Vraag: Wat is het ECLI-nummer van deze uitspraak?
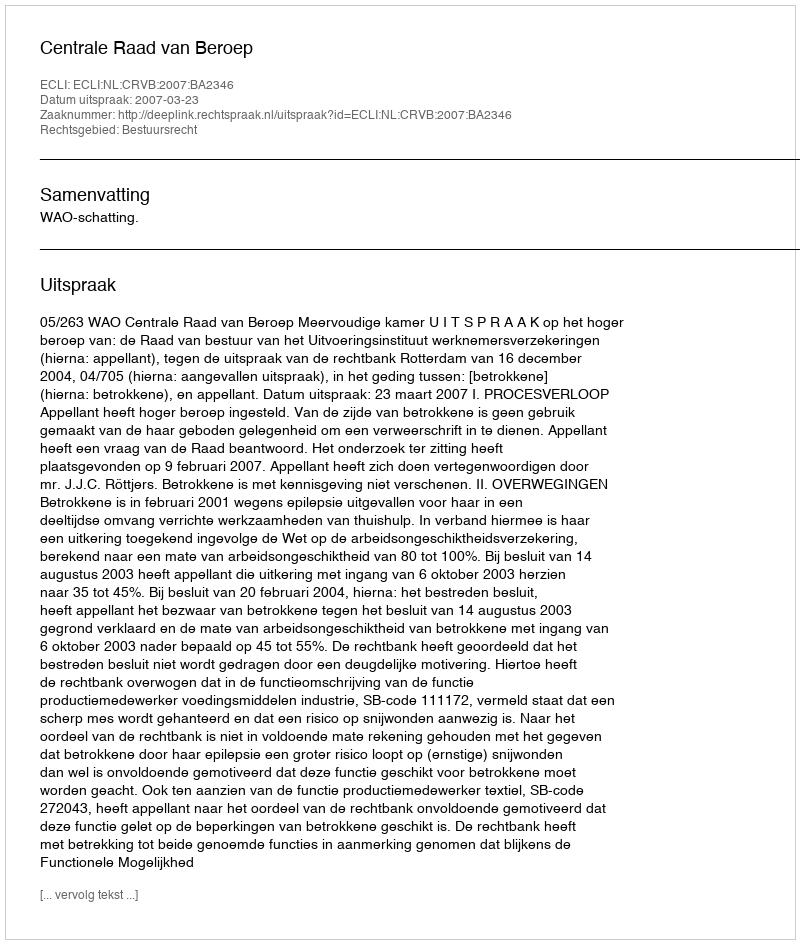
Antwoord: ECLI:NL:CRVB:2007:BA2346